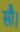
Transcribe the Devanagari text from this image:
सौ।